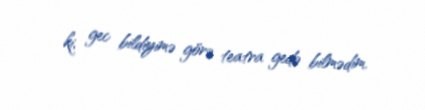
ki, gec bildiyimə görə teatra gedə bilmədim.